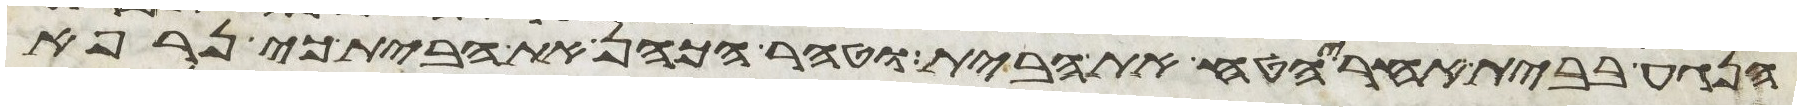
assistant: הנגע בבית אחרי הטח את הבית וטהר הכהן את הבית כי נרפא